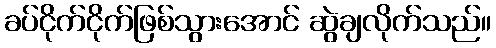
ခပ်ငိုက်ငိုက်ဖြစ်သွားအောင် ဆွဲချလိုက်သည်။